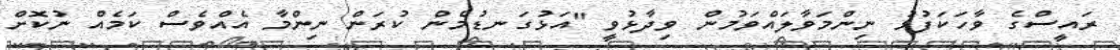
ރައީސްގެ ވާހަކަފުޅު ނިންމަވާލައްވަމުން ވިދާޅުވީ "އަޅުގަނޑުމެން ކުރަން ނިންމާ އެއްވެސް ކަމެއް ނުކޮށް